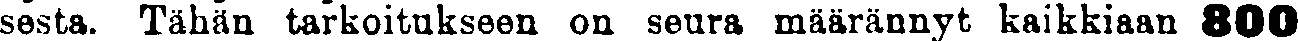
sesta. Tähän tarkoitukseen on seura määrännyt kaikkiaan 800